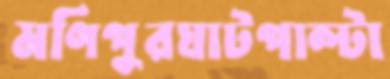
মণিপুরঘাটপাল্টা